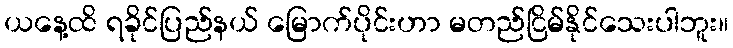
ယနေ့ထိ ရခိုင်ပြည်နယ် မြောက်ပိုင်းဟာ မတည်ငြိမ်နိုင်သေးပါဘူး။